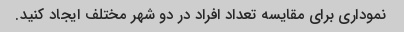
نموداری برای مقایسه تعداد افراد در دو شهر مختلف ایجاد کنید.